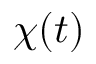
\chi ( t )